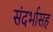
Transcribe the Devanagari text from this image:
संदर्भासह